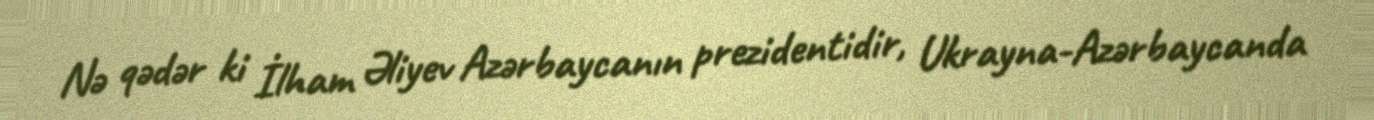
Nə qədər ki İlham Əliyev Azərbaycanın prezidentidir, Ukrayna-Azərbaycanda